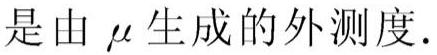
是由 $\mu$ 生成的外测度.